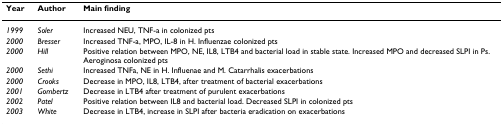
| Year | Author | Main finding |
 | --- | --- | --- |
 | 1999 | Soler | Increased NEU, TNF-a in colonized pts |
 | 2000 | Bresser | Increased TNF-a, MPO, IL-8 in H. Influenzae colonized pts |
 | 2000 | Hill | Positive relation between MPO, NE, IL8, LTB4 and bacterial load in stable state. Increased MPO and decreased SLPI in Ps. Aeroginosa colonized pts |
 | 2000 | Sethi | Increased TNFa, NE in H. Influenae and M. Catarrhalis exacerbations |
 | 2000 | Crooks | Decrease in MPO, IL8, LTB4, after treatment of bacterial exacerbations |
 | 2001 | Gombertz | Decrease in LTB4 after treatment of purulent exacerbations |
 | 2002 | Patel | Positive relation between IL8 and bacterial load. Decreased SLPI in colonized pts |
 | 2003 | White | Decrease in LTB4, increase in SLPI after bacteria eradication on exacerbations |